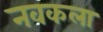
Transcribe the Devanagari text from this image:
नवकला